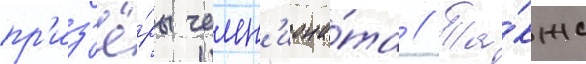
пр'из'ё́ры чемп'иона́та // Та́кже